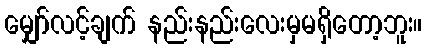
မျှော်လင့်ချက် နည်းနည်းလေးမှမရှိတော့ဘူး။